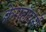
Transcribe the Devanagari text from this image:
क्रेगहॉपर्स